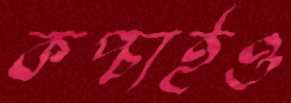
কপ্‌চাইও